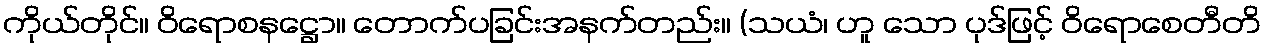
ကိုယ်တိုင်။ ဝိရောစနဋ္ဌော။ တောက်ပခြင်းအနက်တည်း။ (သယံ၊ ဟူ သော ပုဒ်ဖြင့် ဝိရောစေတီတိ